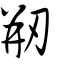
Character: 剙